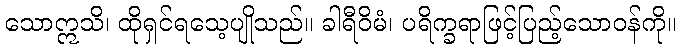
သောဣသိ၊ ထိုရှင်ရသေ့ပျိုသည်။ ခါရီဝိမံ၊ ပရိက္ခရာဖြင့်ပြည့်သောဝန်ကို။